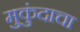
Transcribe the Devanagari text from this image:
मुकुंदाचा